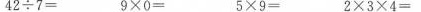
$$4 2 \div 7 =$$ $$9 \times 0 =$$ $$5 \times 9 =$$ $$2 \times 3 \times 4 =$$